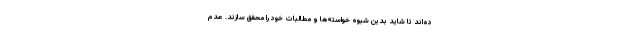
ده‌اند تا شايد بدين شيوه خواسته‌ها و مطالبات خود را محقق سازند. عدم